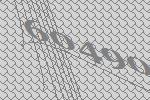
60490